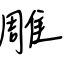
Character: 雕